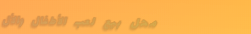
محل بيع لعب الأطفال والأل